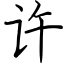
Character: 许